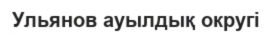
Ульянов ауылдық округі